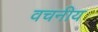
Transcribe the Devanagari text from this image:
वचनीय